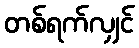
တစ်ရက်လျှင်